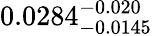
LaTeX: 0.0284_{-0.0145}^{-0.020}